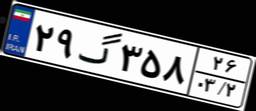
۹۸گ۶۹۹۵۶